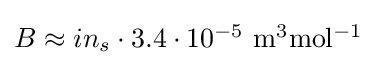
{\textstyle B\approx in_{s}\cdot 3.4\cdot 10^{-5}\ \mathrm {m^{3}mol^{-1}} }